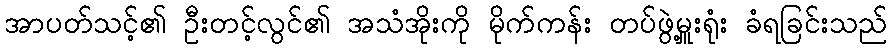
အာပတ်သင့်၏ ဦးတင့်လွင်၏ အသံအိုးကို မိုက်ကန်း တပ်ဖွဲ့မှူးရုံး ခံရခြင်းသည်